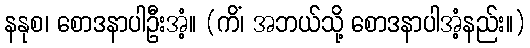
နနုစ၊ စောဒနာပါဦးအံ့။ (ကိံ၊ အဘယ်သို့ စောဒနာပါအံ့နည်း။)